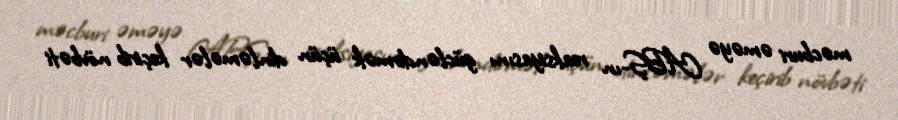
məcburi əməyə ABŞ-ın reaksiyasını gücləndirmək üçün dinləmələr keçirib növbəti